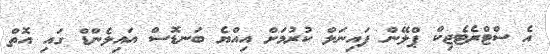
އެ ސްޓްރެޓެޖިކް ޕްލޭން ފައިނަލް ކުރުމަށް އިއްޔެ ބަނޑޮސް އައިލެންޑް ގައި އޮތް